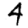
Digit: 4